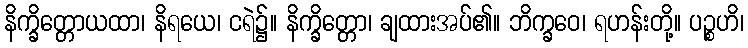
နိက္ခိတ္တောယထာ၊ နိရယေ၊ ငရဲ၌။ နိက္ခိတ္တော၊ ချထားအပ်၏။ ဘိက္ခဝေ၊ ရဟန်းတို့။ ပဉ္စဟိ၊